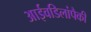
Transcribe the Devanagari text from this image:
आईवडिलांपैकी